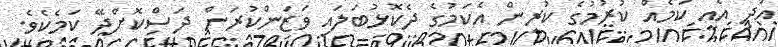
އަދި އެއީ ކަމެއް ކުރުމުގެ ކުރިން އެކަމުގެ ދެކޮޅުބަލައި ވަޒަންކުރަން ދަސްކޮށްދޭ ކަމެކެވެ.